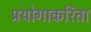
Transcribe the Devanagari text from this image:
प्रयोगाकरिता